Report of the veterinary officer investigating camel disease
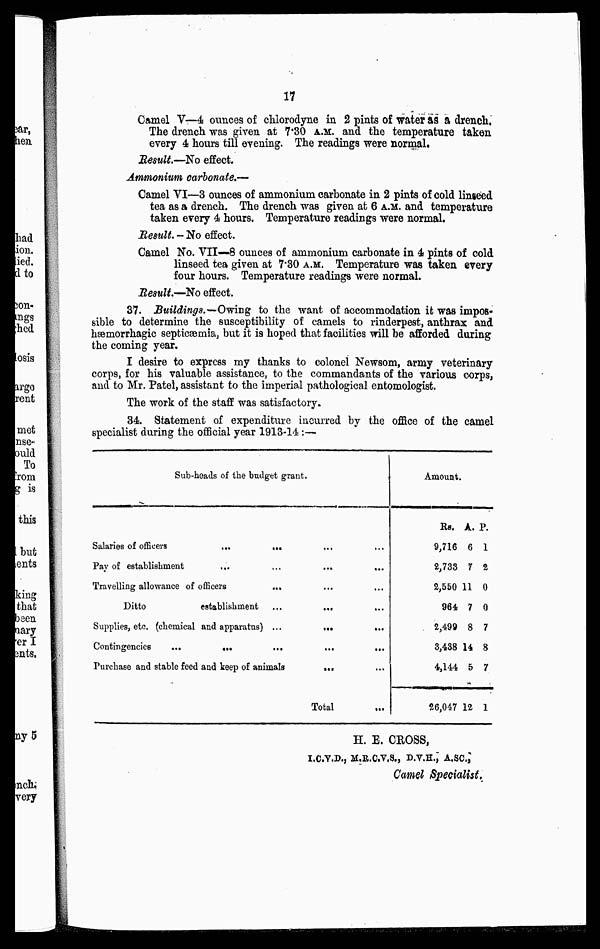
17
Camel V—4 ounces of chlorodyne in 2 pints of water as a drench.
The drench was given at 7.30 A.M. and the temperature taken
every 4 hours till evening. The readings were normal.
Result.—No effect.
Ammonium carbonate—
Camel VI—3 ounces of ammonium carbonate in 2 pints of cold linseed
tea as a drench. The drench was given at 6 A.M. and temperature
taken every 4 hours. Temperature readings were normal.
Result.-No
effect.
Camel No. VII—8 ounces of ammonium carbonate in 4 pints of cold
linseed tea given at 7.30 A.M. Temperature was taken every
four hours. Temperature readings were normal.
Result.—No effect.
37. Buildings.—Owing to the want of accommodation it was impos-
sible to determine the susceptibility of camels to rinderpest, anthrax and
haemorrhagic septicaemia, but it is hoped that facilities will be afforded during
the coming year.
I desire to express my thanks to colonel Newsom, army veterinary
corps, for his valuable assistance, to the commandants of the various corps,
and to Mr. Patel, assistant to the imperial pathological entomologist.
The work of the staff was satisfactory.
34. Statement of expenditure incurred by the office of the camel
specialist during the official year 1913-14:—
Sub-heads of the budget grant.
Salaries of officers
...
...
...
Pav of establishment
...
...
...
...
Travelling allowance of officers
...
Ditto
establishment ...
...
Supplies, etc. (chemical and apparatus) ...
...
...
Contingencies
...
...
...
...
...
Purchase and stable feed and keep of animals
...
Total
Amount.
RS.
9,716
2,733
2,550
964
2,499
3,438
4,144
26,047
A.
6
7
11
7
8
14
5
12
P.
1
2
0
0
7
8
7
1
H. E. CROSS,
I.C.V.D., M.R.C.V.S., D.V.H.; A.SC,
Camel Specialist,